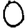
Digit: 0